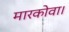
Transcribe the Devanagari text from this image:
मारकोवा।